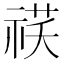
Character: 䄏